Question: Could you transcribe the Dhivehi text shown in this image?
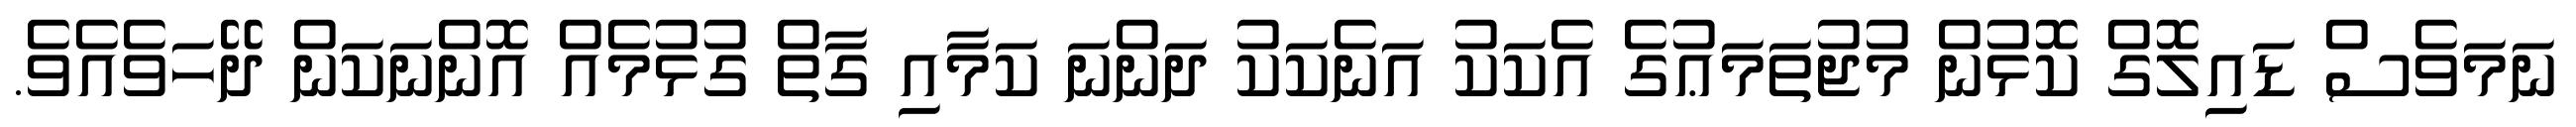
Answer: ނަމަވެސް ޑައިލޮގް ކޮޅުން މުޖުތަމަޢުގެ އެކަކު އަނެކަކު ދަންނަ ކަމާއި ގާތް ގުޅުމެއް އޮންނަކަން ދޭހަވެއެވެ.